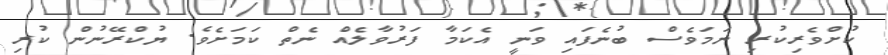
ކުށްވެރިކުރި ނަމަވެސް ބުނެފައި ވަނީ އެކަމާ ފަރުވާލެއް ނެތް ކަމަށެވެ. ޔުކްރޭނުން ކުރި